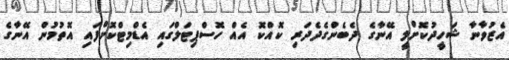
އެޒުވާނާ ޝަހީދުކޮށްލީ އޭނާގެ ދެބެންގެދެދަރި ކޮއްކޮ އެއް ހޮސްޕިޓަލްގައި އެޑްމިޓްކޮށްފައި އޮތުމުން އޭނާގެ